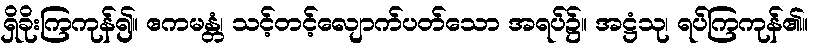
ရှိခိုးကြကုန်၍။ ဧကမန္တံ၊ သင့်တင့်လျောက်ပတ်သော အရပ်၌။ အဋ္ဌံသု၊ ရပ်ကြကုန်၏။